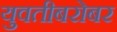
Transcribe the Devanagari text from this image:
युवतीबरोबर